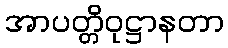
အာပတ္တိဝုဋ္ဌာနတာ